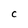
Character: C